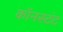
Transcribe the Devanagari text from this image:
कॉनस्टंट